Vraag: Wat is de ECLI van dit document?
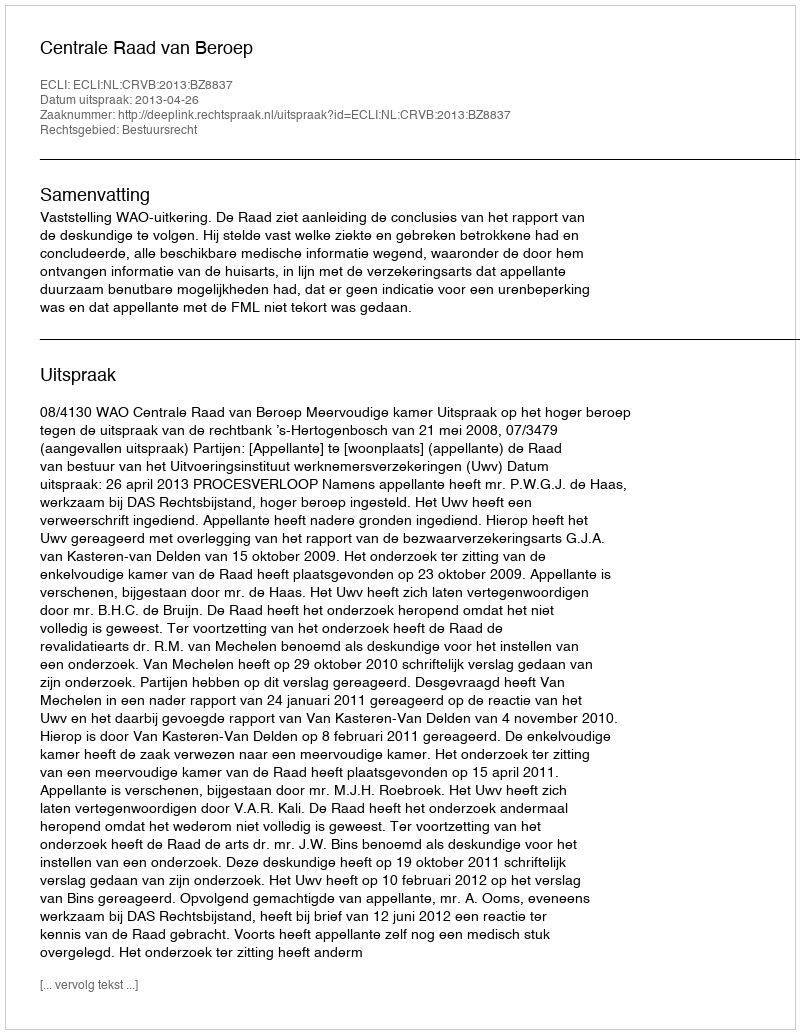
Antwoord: ECLI:NL:CRVB:2013:BZ8837